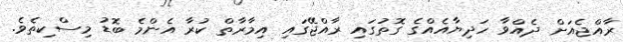
ރާއްޖެއަށް ދެއްވާ ހަދިޔާއެއްގެ ގޮތުގައި ރާއްޖޭގައި އިމާރާތް ކުރާ އެންމެ ބޮޑު މިސްކިތެވެ.